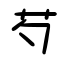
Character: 芍